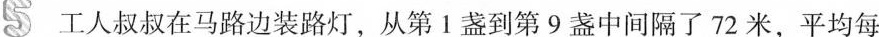
5工人叔叔在马路边装路灯，从第Ⅰ盏到第9盏中间隔了72米，平均每